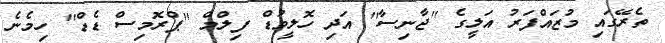
ތެރޭގައި މުޒައްފަރު އަލީގެ ''ޖާނިސާ'' އަދި ހޮލީވުޑް ފިލްމް ''ޕްރޮމިސް ޑެޑް'' ހިމެނެ